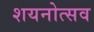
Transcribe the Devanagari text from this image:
शयनोत्सव